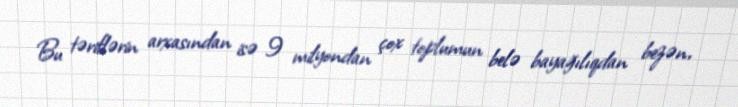
Bu təriflərin arxasından isə 9 milyondan çox toplumun belə bayağılıqdan bezən,